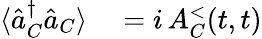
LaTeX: \begin{array}{rl}{\langle\hat{a}_{C}^{\dagger}\hat{a}_{C}\rangle}&{{}=i\, A_{C}^{<}(t,t)}\end{array}